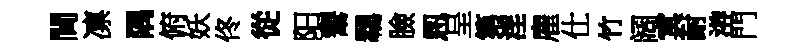
閫凛隅俯妖佟從阳鬻羈臉㤙呈第淫雇仕竹阔㝠耐㳺門